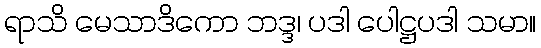
ရာသိ မေသာဒိကော ဘဒ္ဒ၊ ပဒါ ပေါဋ္ဌပဒါ သမာ။